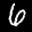
Label: 6